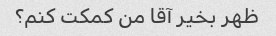
ظهر بخیر آقا من کمکت کنم؟